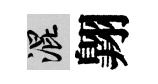
混翺